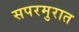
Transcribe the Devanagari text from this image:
सपरमुरात